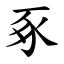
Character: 豖